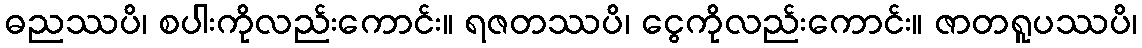
ဓညဿပိ၊ စပါးကိုလည်းကောင်း။ ရဇတဿပိ၊ ငွေကိုလည်းကောင်း။ ဇာတရူပဿပိ၊